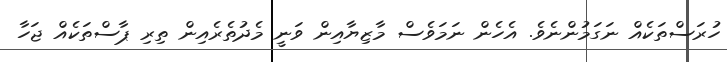
ހުރަސްތަކެއް ނަގަމުންނެވެ. އެހެން ނަމަވެސް މާޒިޔާއިން ވަނީ މެދުތެރެއިން ތިރި ޕާސްތަކެއް ޖަހާ